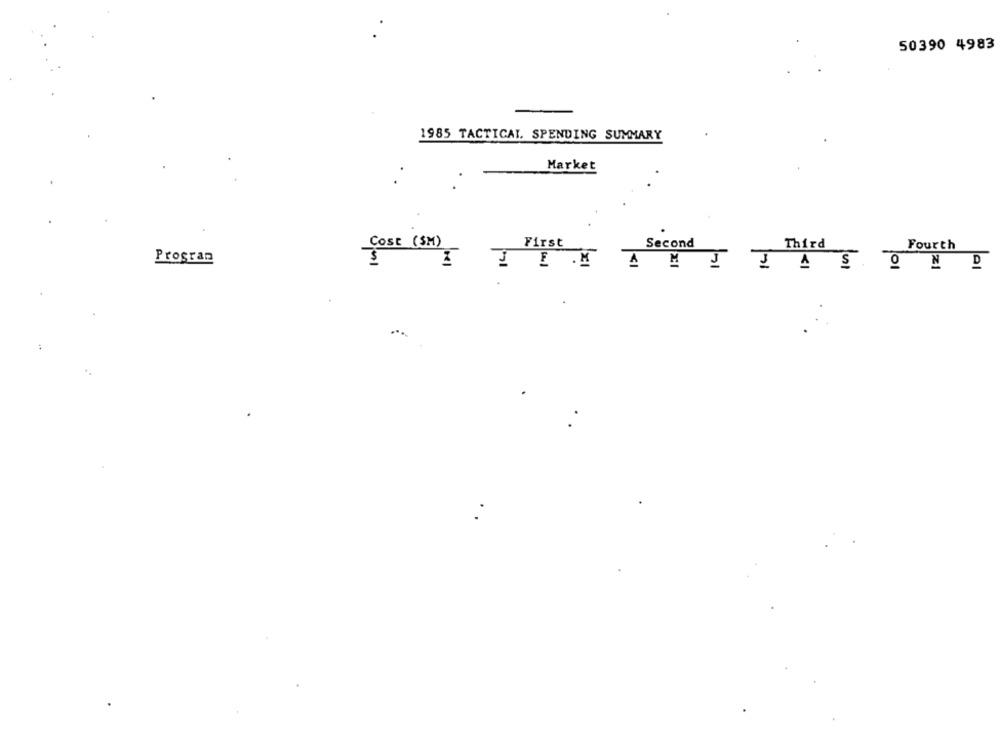
50390 4983
1985 TACTICAL. SPENDING SUMMARY
Market
.
Second
Cost (SM)
First
Third
Fourth
Program
loel
MANI JAS OND
. .